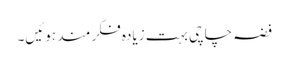
فضہ چاچی بہت زیادہ فکر مند ہوئیں۔